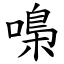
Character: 嘄